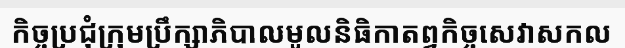
កិច្ចប្រជុំក្រុមប្រឹក្សាភិបាលមូលនិធិកាតព្វកិច្ចសេវាសកល